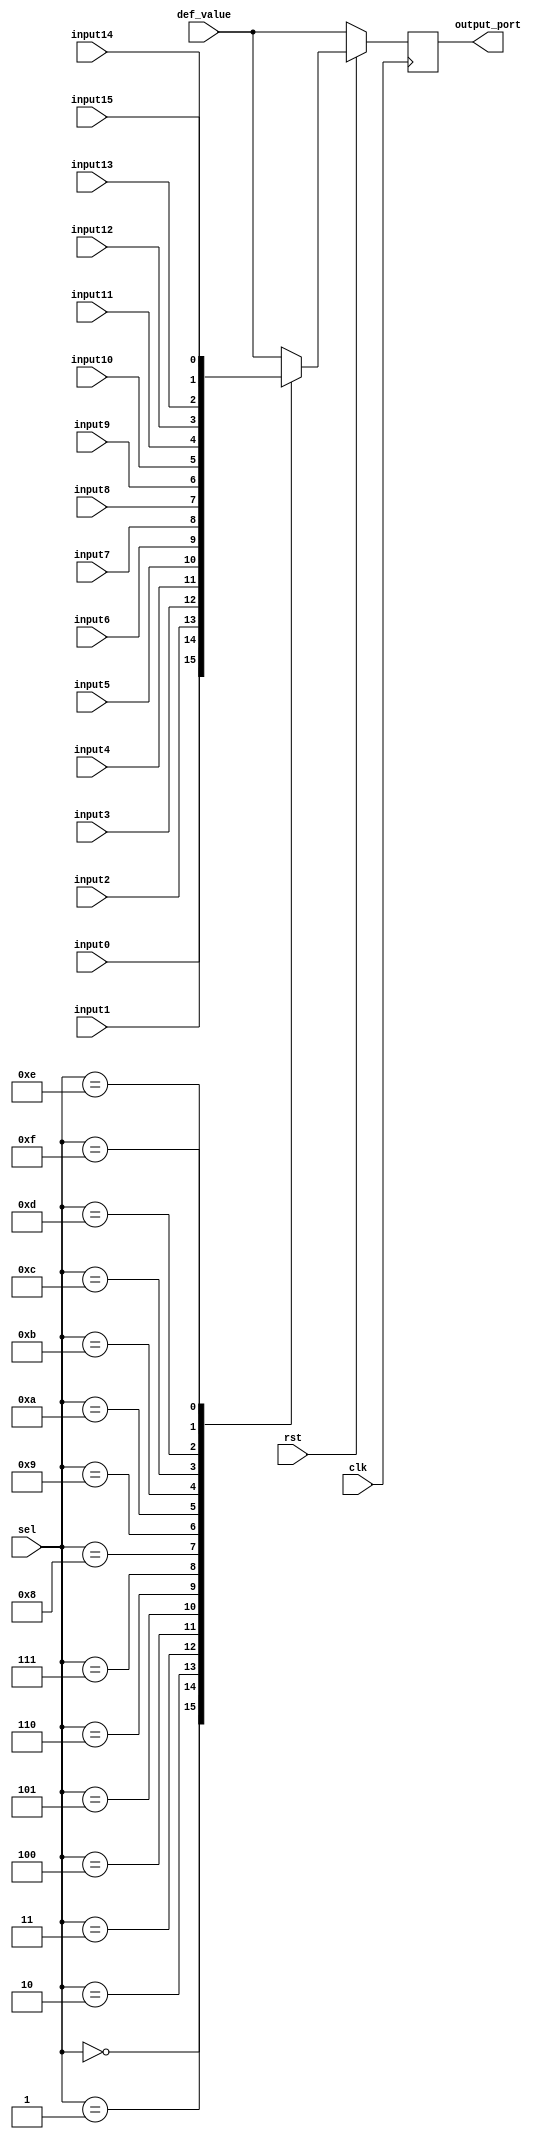
//
// Verilog Module mopshub_lib.mux1_1bit
//
// Created:
//          by - dcs.dcs (chipdev2.physik.uni-wuppertal.de)
//          at - 10:56:59 06/07/21
//
// using Mentor Graphics HDL Designer(TM) 2019.4 (Build 4)
//

`resetall
`timescale 1ns/10ps

module mux16_1_1bit( 
   input   wire            clk, 
   input   wire            rst,  
  input   wire    [4:0]   sel,
  input    wire           def_value,
  output  wire            output_port,  
  input   wire            input0, 
  input   wire            input1, 
  input   wire            input2, 
  input   wire            input3,   
  input   wire            input4, 
  input   wire            input5, 
  input   wire            input6, 
  input   wire            input7, 
  input   wire            input8, 
  input   wire            input9,   
  input   wire            input10, 
  input   wire            input11, 
  input   wire            input12, 
  input   wire            input13, 
  input   wire            input14, 
  input   wire            input15
  );
reg output_port_reg;
initial  output_port_reg =1'b0;
assign output_port = output_port_reg;
 always @ (posedge clk)
if (!rst) output_port_reg <=def_value;
else
  begin
      case (sel)
        5'h0  : output_port_reg <= input0 ;
        5'h1  : output_port_reg <= input1 ;
        5'h2  : output_port_reg <= input2 ;
        5'h3  : output_port_reg <= input3 ;
        5'h4  : output_port_reg <= input4 ;
        5'h5  : output_port_reg <= input5;
        5'h6  : output_port_reg <= input6 ;
        5'h7  : output_port_reg <= input7 ;
        5'h8  : output_port_reg <= input8 ;
        5'h9  : output_port_reg <= input9 ;
        5'hA  : output_port_reg <= input10;
        5'hB  : output_port_reg <= input11 ;
        5'hC  : output_port_reg <= input12 ;
        5'hD  : output_port_reg <= input13 ;
        5'hE  : output_port_reg <= input14 ;
        5'hF  : output_port_reg <= input15;  
        default: output_port_reg <= def_value;
      endcase
  end
endmodule